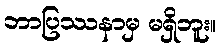
ဘာပြဿနာမှ မရှိဘူး။